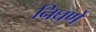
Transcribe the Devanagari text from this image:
निघणे